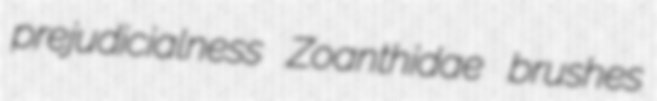
prejudicialness Zoanthidae brushes